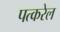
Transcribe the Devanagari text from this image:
पत्करेल